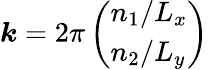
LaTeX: \boldsymbol{k}=2\pi\left(\begin{array}{l}{n_{1}/L_{x}}\\ {n_{2}/L_{y}}\end{array}\right)